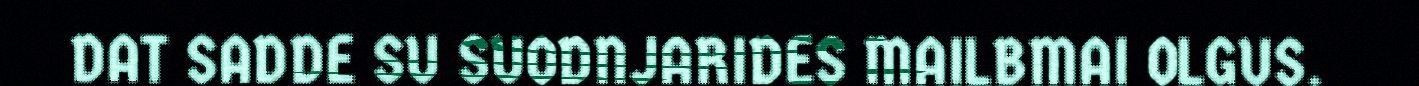
DAT SADDE SU SUODNJARIDES MAILBMAI OLGUS.